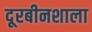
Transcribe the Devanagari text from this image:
दूरबीनशाला